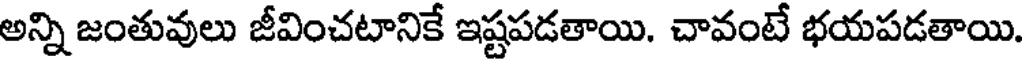
అన్ని జంతువులు జీవించటానికే ఇష్టపడతాయి. చావంటే భయపడతాయి.